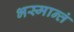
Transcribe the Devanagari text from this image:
भस्मान्तं